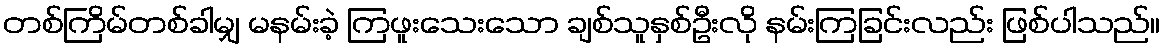
တစ်ကြိမ်တစ်ခါမျှ မနမ်းခဲ့ ကြဖူးသေးသော ချစ်သူနှစ်ဦးလို နမ်းကြခြင်းလည်း ဖြစ်ပါသည်။